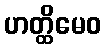
ဟတ္ထိမေဝ